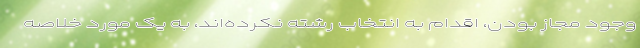
وجود مجاز بودن، اقدام به انتخاب رشته نکرده‌اند، به یک مورد خلاصه